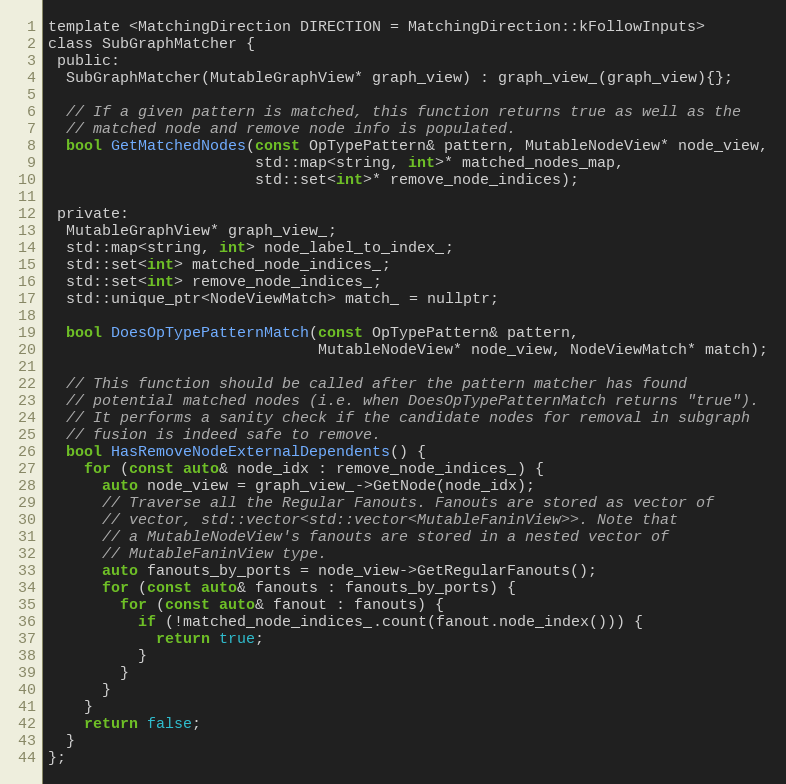
Language: C
template <MatchingDirection DIRECTION = MatchingDirection::kFollowInputs>
class SubGraphMatcher {
 public:
  SubGraphMatcher(MutableGraphView* graph_view) : graph_view_(graph_view){};

  // If a given pattern is matched, this function returns true as well as the
  // matched node and remove node info is populated.
  bool GetMatchedNodes(const OpTypePattern& pattern, MutableNodeView* node_view,
                       std::map<string, int>* matched_nodes_map,
                       std::set<int>* remove_node_indices);

 private:
  MutableGraphView* graph_view_;
  std::map<string, int> node_label_to_index_;
  std::set<int> matched_node_indices_;
  std::set<int> remove_node_indices_;
  std::unique_ptr<NodeViewMatch> match_ = nullptr;

  bool DoesOpTypePatternMatch(const OpTypePattern& pattern,
                              MutableNodeView* node_view, NodeViewMatch* match);

  // This function should be called after the pattern matcher has found
  // potential matched nodes (i.e. when DoesOpTypePatternMatch returns "true").
  // It performs a sanity check if the candidate nodes for removal in subgraph
  // fusion is indeed safe to remove.
  bool HasRemoveNodeExternalDependents() {
    for (const auto& node_idx : remove_node_indices_) {
      auto node_view = graph_view_->GetNode(node_idx);
      // Traverse all the Regular Fanouts. Fanouts are stored as vector of
      // vector, std::vector<std::vector<MutableFaninView>>. Note that
      // a MutableNodeView's fanouts are stored in a nested vector of
      // MutableFaninView type.
      auto fanouts_by_ports = node_view->GetRegularFanouts();
      for (const auto& fanouts : fanouts_by_ports) {
        for (const auto& fanout : fanouts) {
          if (!matched_node_indices_.count(fanout.node_index())) {
            return true;
          }
        }
      }
    }
    return false;
  }
};